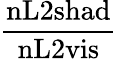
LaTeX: \frac{\mathrm{nL2}\mathrm{shad}}{\mathrm{nL2}\mathrm{vis}}